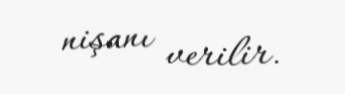
nişanı verilir.